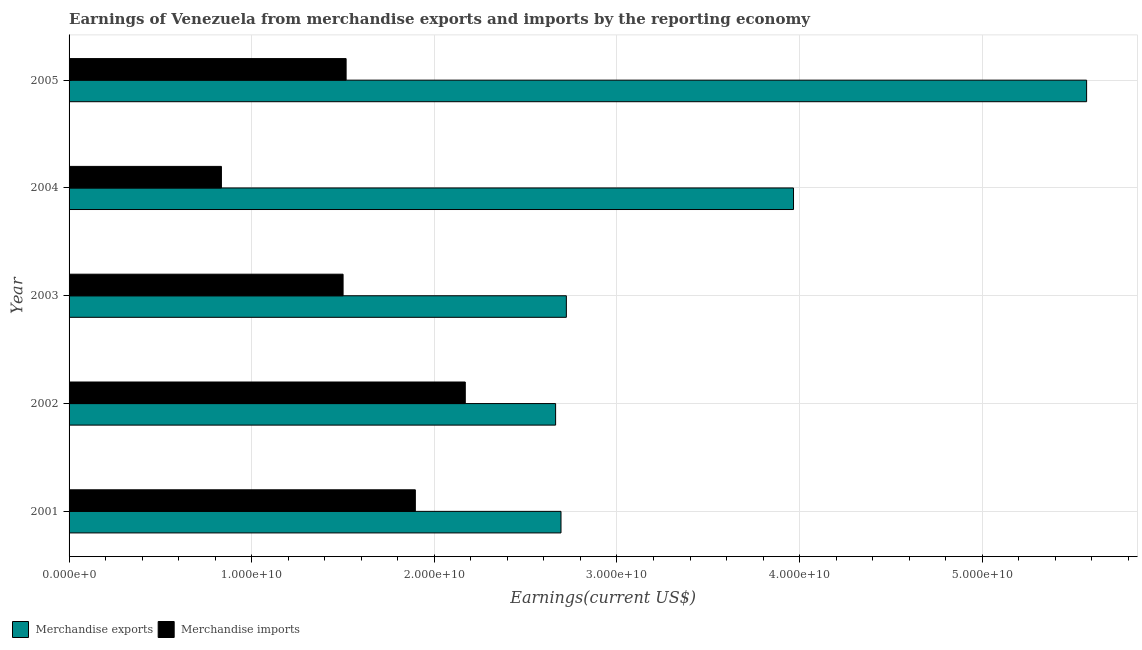
| Year | Merchandise exports | Merchandise imports |
 | --- | --- | --- |
 | 2001 | 2.69e+10 | 1.9e+10 |
 | 2002 | 2.66e+10 | 2.17e+10 |
 | 2003 | 2.72e+10 | 1.5e+10 |
 | 2004 | 3.97e+10 | 8.34e+09 |
 | 2005 | 5.57e+10 | 1.52e+10 |